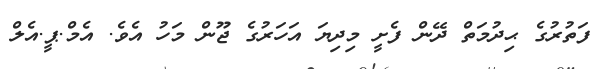
ފަތުރުގެ ޙިދުމަތް ދޭން ފެށީ މިދިޔަ އަހަރުގެ ޖޫން މަހު އެވެ. އެމް.ޕީ.އެލް